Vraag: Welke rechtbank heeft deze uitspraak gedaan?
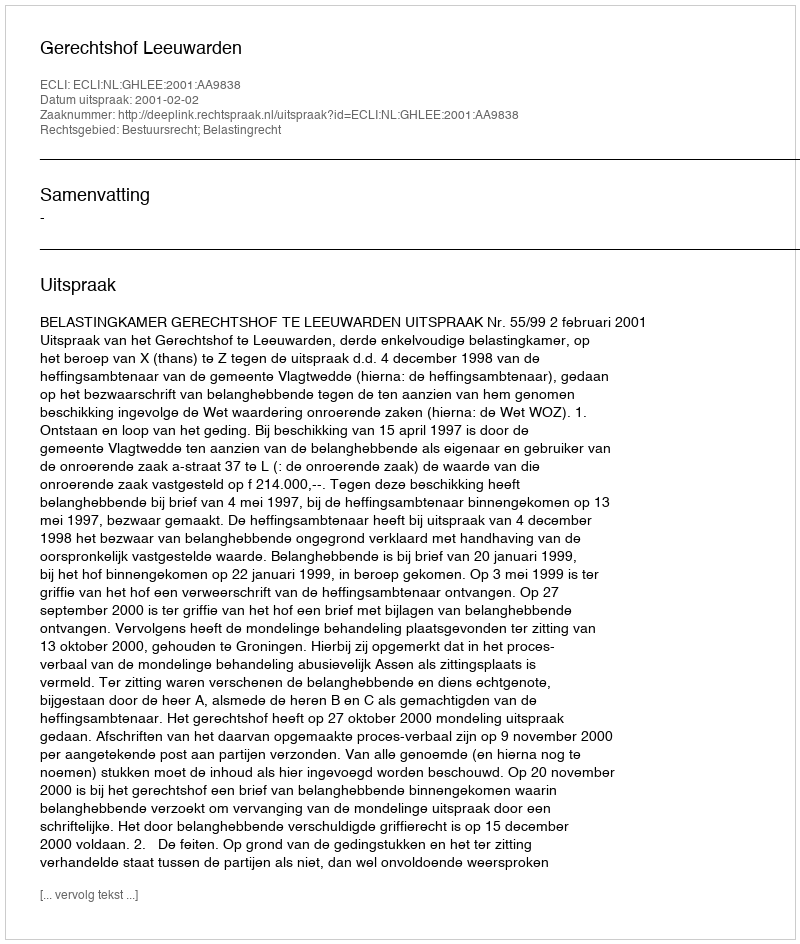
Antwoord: Gerechtshof Leeuwarden